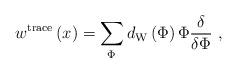
LaTeX: \begin{align*}w^{{\rm trace}}\left( x\right) =\sum\limits_{\Phi \,}d_{{\rm W}}\left( \Phi\right) \Phi \frac \delta {\delta \Phi }\,\,, \end{align*}